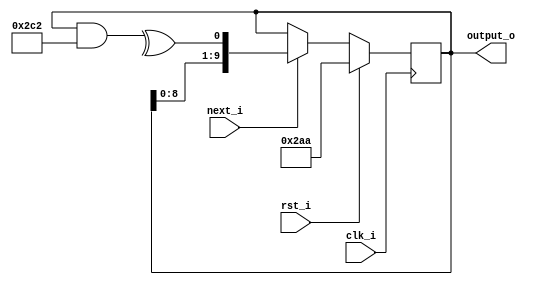
`default_nettype none
module lfsr #(
    parameter WIDTH = 10,
    parameter SEED  = 10'h2aa,
    parameter TAPS  = 10'h2C2
) (
    input wire clk_i,
    input wire rst_i,
    input wire next_i,
    output wire [WIDTH-1:0] output_o
);

wire input_bit;
reg [WIDTH-1:0] shift_reg = SEED;
always @(posedge clk_i) begin
    if (rst_i)
        shift_reg <= SEED;
    else if (next_i)
        shift_reg <= {shift_reg[WIDTH-2:0], input_bit};
    else
        shift_reg <= shift_reg;
end

assign input_bit = ^(shift_reg & TAPS);

assign output_o = shift_reg;

endmodule
`default_nettype wire